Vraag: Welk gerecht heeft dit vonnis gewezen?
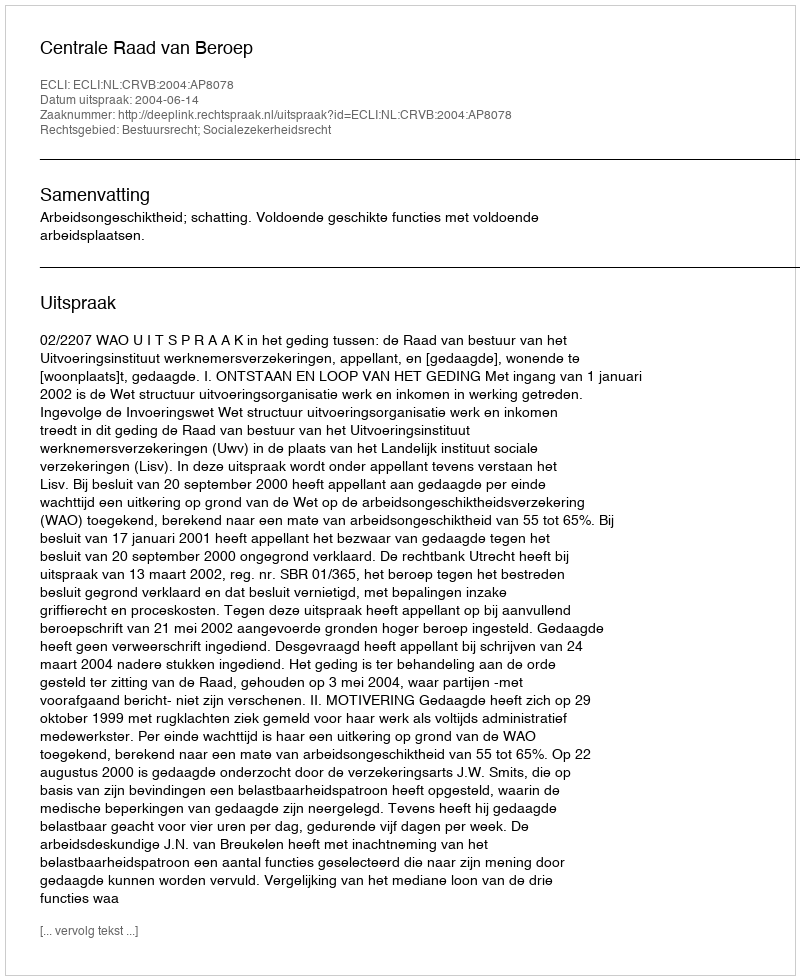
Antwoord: Centrale Raad van Beroep